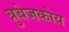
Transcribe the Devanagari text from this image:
त्रुबेजकोय